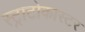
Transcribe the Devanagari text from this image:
स्ट्राटोकास्टर